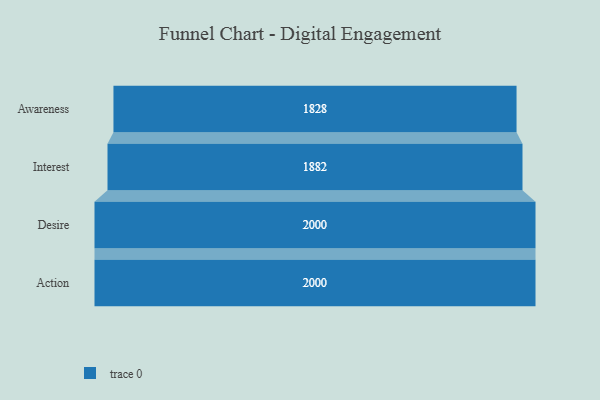
{"axis": {"x": "Stage", "y": "Value"}, "legend": [""], "data": [{"x": "Awareness", "y": 1828.0, "type": ""}, {"x": "Interest", "y": 1882.0, "type": ""}, {"x": "Desire", "y": 2000, "type": ""}, {"x": "Action", "y": 2000, "type": ""}]}